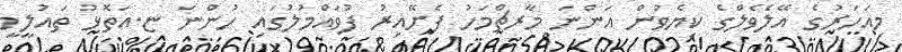
މިއަހަރުގެ އޭލެވެލްގެ ކިޔެވުން އަންނަ މާރޗްމަހު ފެށޭއިރު ފުވައްމުލަުގައި ހުންނަ ޏ.އަތޮޅު ތައުލީމީ